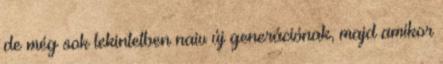
de még sok tekintetben naiv új generációnak, majd amikor